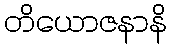
တိယောဇနာနိ